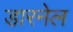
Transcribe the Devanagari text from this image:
डारनेल